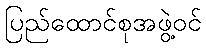
ပြည်ထောင်စုအဖွဲ့ဝင်